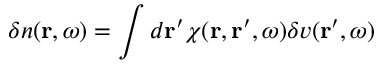
\delta n ( { \bf r } , \omega ) = \int d { \bf r } ^ { \prime } \chi ( { \bf r } , { \bf r } ^ { \prime } , \omega ) \delta v ( { \bf r } ^ { \prime } , \omega )